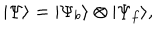
LaTeX: | \Psi \rangle = | \Psi _ { b } \rangle \otimes | \Psi _ { f } \rangle ,